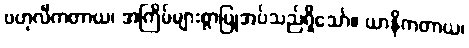
ဗဟုလီကတာယ၊ အကြိမ်များစွာပြုအပ်သည်ရှိသော်။ ယာနိကတာယ၊